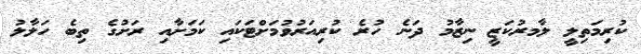
ކުރިމަތިލީ ލާމރުކަޒީ ނިޒާމު ދަނެ ހުރެ ކުރިއަރުވުމަށްޓަކައި ކަމަށާއި ރަށުގެ ތިބެ ހަލާލު